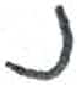
אות: נ